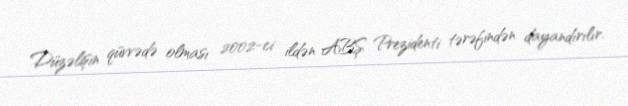
Düzəlişin qüvvədə olması 2002-ci ildən ABŞ Prezidenti tərəfindən dayandırılır.